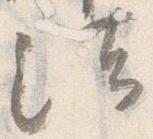
法